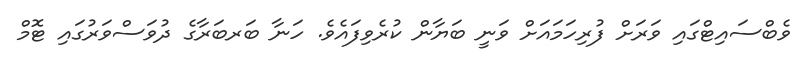
ވެބްސައިޓްގައި ވަރަށް ފުރިހަމައަށް ވަނީ ބަޔާން ކުރެވިފައެވެ. ހަނާ ބަރބަރާގެ ދުވަސްވަރުގައި ޓޮމް